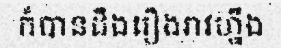
ក៏បានដឹងរឿងរាវហ្នឹង